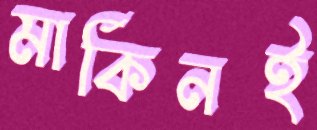
মার্কিনই